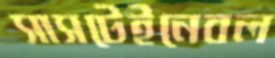
সাসটেইনেবল